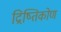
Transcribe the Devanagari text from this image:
द्रिष्तिकोण